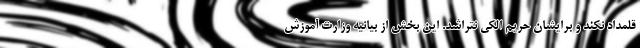
قلمداد نکند و برایشان حریم الکی نتراشد. این بخش از بیانیه وزارت آموزش